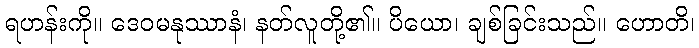
ရဟန်းကို။ ဒေဝမနုဿာနံ၊ နတ်လူတို့၏။ ပိယော၊ ချစ်ခြင်းသည်။ ဟောတိ၊